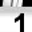
Digit: 1